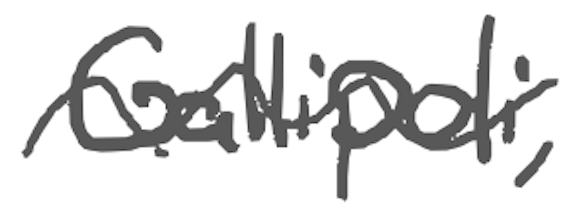
Text: Gallipoli,
Cross-out: wave
Writing tool: digital_gray